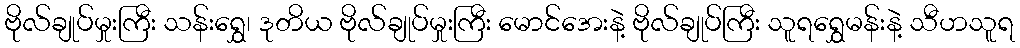
ဗိုလ်ချုပ်မှုးကြီး သန်းရွှေ၊ ဒုတိယ ဗိုလ်ချုပ်မှုးကြီး မောင်အေးနဲ့ ဗိုလ်ချုပ်ကြီး သူရရွှေမန်းနဲ့ သီဟသူရ